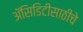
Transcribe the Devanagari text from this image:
अॅसिडिटीसाठीचे